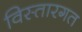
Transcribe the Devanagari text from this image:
विस्तारगत